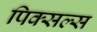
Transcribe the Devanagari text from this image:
पिक्सल्स